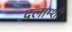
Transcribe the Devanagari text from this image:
दलाम्शी